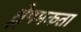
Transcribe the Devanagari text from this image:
श्लेषमकता